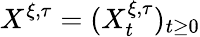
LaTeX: X^{\xi,\tau}=(X_{t}^{\xi,\tau})_{t\geq 0}